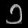
Digit: ၁